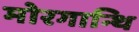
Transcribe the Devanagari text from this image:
मोरगान्थि